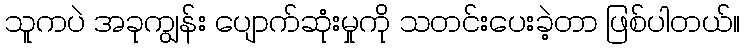
သူကပဲ အခုကျွန်း ပျောက်ဆုံးမှုကို သတင်းပေးခဲ့တာ ဖြစ်ပါတယ်။